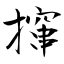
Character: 撺